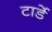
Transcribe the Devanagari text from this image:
टार्डे